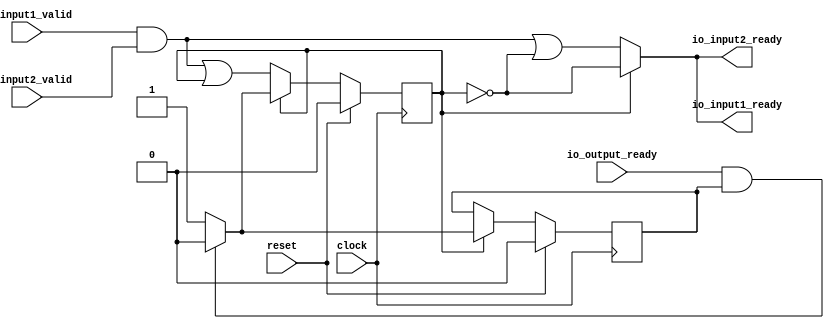
module Mod(
  input   clock,
  input   reset,
  output  io_input1_ready,
  input   io_input1_valid,
  output  io_input2_ready,
  input   io_input2_valid,
  input   io_output_ready
);
`ifdef RANDOMIZE_REG_INIT
  reg [31:0] _RAND_0;
  reg [31:0] _RAND_1;
`endif // RANDOMIZE_REG_INIT
  reg  busy; // @[Arithmetic.scala 21:30]
  reg  resultValid; // @[Arithmetic.scala 22:30]
  wire  _io_input1_ready_T = ~busy; // @[Arithmetic.scala 24:24]
  wire  _GEN_2 = io_input1_valid & io_input2_valid | ~busy; // @[Arithmetic.scala 38:51 Decoupled.scala 81:20 Arithmetic.scala 24:21]
  wire  _GEN_6 = io_input1_valid & io_input2_valid | busy; // @[Arithmetic.scala 38:51 45:18 21:30]
  assign io_input1_ready = busy ? ~busy : _GEN_2; // @[Arithmetic.scala 29:17 24:21]
  assign io_input2_ready = busy ? _io_input1_ready_T : _GEN_2; // @[Arithmetic.scala 29:17 25:21]
  always @(posedge clock) begin
    if (reset) begin // @[Arithmetic.scala 21:30]
      busy <= 1'h0; // @[Arithmetic.scala 21:30]
    end else if (busy) begin // @[Arithmetic.scala 29:17]
      if (io_output_ready & resultValid) begin // @[Arithmetic.scala 33:49]
        busy <= 1'h0; // @[Arithmetic.scala 34:18]
      end
    end else begin
      busy <= _GEN_6;
    end
    if (reset) begin // @[Arithmetic.scala 22:30]
      resultValid <= 1'h0; // @[Arithmetic.scala 22:30]
    end else if (busy) begin // @[Arithmetic.scala 29:17]
      if (io_output_ready & resultValid) begin // @[Arithmetic.scala 33:49]
        resultValid <= 1'h0; // @[Arithmetic.scala 35:25]
      end else begin
        resultValid <= 1'h1; // @[Arithmetic.scala 31:21]
      end
    end
  end
// Register and memory initialization
`ifdef RANDOMIZE_GARBAGE_ASSIGN
`define RANDOMIZE
`endif
`ifdef RANDOMIZE_INVALID_ASSIGN
`define RANDOMIZE
`endif
`ifdef RANDOMIZE_REG_INIT
`define RANDOMIZE
`endif
`ifdef RANDOMIZE_MEM_INIT
`define RANDOMIZE
`endif
`ifndef RANDOM
`define RANDOM $random
`endif
`ifdef RANDOMIZE_MEM_INIT
  integer initvar;
`endif
`ifndef SYNTHESIS
`ifdef FIRRTL_BEFORE_INITIAL
`FIRRTL_BEFORE_INITIAL
`endif
initial begin
  `ifdef RANDOMIZE
    `ifdef INIT_RANDOM
      `INIT_RANDOM
    `endif
    `ifndef VERILATOR
      `ifdef RANDOMIZE_DELAY
        #`RANDOMIZE_DELAY begin end
      `else
        #0.002 begin end
      `endif
    `endif
`ifdef RANDOMIZE_REG_INIT
  _RAND_0 = {1{`RANDOM}};
  busy = _RAND_0[0:0];
  _RAND_1 = {1{`RANDOM}};
  resultValid = _RAND_1[0:0];
`endif // RANDOMIZE_REG_INIT
  `endif // RANDOMIZE
end // initial
`ifdef FIRRTL_AFTER_INITIAL
`FIRRTL_AFTER_INITIAL
`endif
`endif // SYNTHESIS
endmodule
module Add(
  input   clock,
  input   reset,
  input   io_input1_valid,
  input   io_input2_valid,
  input   io_output_ready,
  output  io_output_valid
);
`ifdef RANDOMIZE_REG_INIT
  reg [31:0] _RAND_0;
  reg [31:0] _RAND_1;
`endif // RANDOMIZE_REG_INIT
  reg  busy; // @[Arithmetic.scala 105:30]
  reg  resultValid; // @[Arithmetic.scala 106:30]
  wire  _GEN_6 = io_input1_valid & io_input2_valid | busy; // @[Arithmetic.scala 122:51 129:18 105:30]
  assign io_output_valid = resultValid; // @[Arithmetic.scala 110:21]
  always @(posedge clock) begin
    if (reset) begin // @[Arithmetic.scala 105:30]
      busy <= 1'h0; // @[Arithmetic.scala 105:30]
    end else if (busy) begin // @[Arithmetic.scala 113:17]
      if (io_output_ready & resultValid) begin // @[Arithmetic.scala 117:49]
        busy <= 1'h0; // @[Arithmetic.scala 118:18]
      end
    end else begin
      busy <= _GEN_6;
    end
    if (reset) begin // @[Arithmetic.scala 106:30]
      resultValid <= 1'h0; // @[Arithmetic.scala 106:30]
    end else if (busy) begin // @[Arithmetic.scala 113:17]
      if (io_output_ready & resultValid) begin // @[Arithmetic.scala 117:49]
        resultValid <= 1'h0; // @[Arithmetic.scala 119:25]
      end else begin
        resultValid <= 1'h1; // @[Arithmetic.scala 115:21]
      end
    end
  end
// Register and memory initialization
`ifdef RANDOMIZE_GARBAGE_ASSIGN
`define RANDOMIZE
`endif
`ifdef RANDOMIZE_INVALID_ASSIGN
`define RANDOMIZE
`endif
`ifdef RANDOMIZE_REG_INIT
`define RANDOMIZE
`endif
`ifdef RANDOMIZE_MEM_INIT
`define RANDOMIZE
`endif
`ifndef RANDOM
`define RANDOM $random
`endif
`ifdef RANDOMIZE_MEM_INIT
  integer initvar;
`endif
`ifndef SYNTHESIS
`ifdef FIRRTL_BEFORE_INITIAL
`FIRRTL_BEFORE_INITIAL
`endif
initial begin
  `ifdef RANDOMIZE
    `ifdef INIT_RANDOM
      `INIT_RANDOM
    `endif
    `ifndef VERILATOR
      `ifdef RANDOMIZE_DELAY
        #`RANDOMIZE_DELAY begin end
      `else
        #0.002 begin end
      `endif
    `endif
`ifdef RANDOMIZE_REG_INIT
  _RAND_0 = {1{`RANDOM}};
  busy = _RAND_0[0:0];
  _RAND_1 = {1{`RANDOM}};
  resultValid = _RAND_1[0:0];
`endif // RANDOMIZE_REG_INIT
  `endif // RANDOMIZE
end // initial
`ifdef FIRRTL_AFTER_INITIAL
`FIRRTL_AFTER_INITIAL
`endif
`endif // SYNTHESIS
endmodule
module Sub(
  input   clock,
  input   reset,
  output  io_input1_ready,
  input   io_input1_valid,
  output  io_input2_ready,
  input   io_input2_valid,
  input   io_output_ready,
  output  io_output_valid
);
`ifdef RANDOMIZE_REG_INIT
  reg [31:0] _RAND_0;
  reg [31:0] _RAND_1;
`endif // RANDOMIZE_REG_INIT
  reg  busy; // @[Arithmetic.scala 147:30]
  reg  resultValid; // @[Arithmetic.scala 148:30]
  wire  _io_input1_ready_T = ~busy; // @[Arithmetic.scala 150:24]
  wire  _GEN_2 = io_input1_valid & io_input2_valid | ~busy; // @[Arithmetic.scala 164:51 Decoupled.scala 81:20 Arithmetic.scala 150:21]
  wire  _GEN_6 = io_input1_valid & io_input2_valid | busy; // @[Arithmetic.scala 164:51 171:18 147:30]
  assign io_input1_ready = busy ? ~busy : _GEN_2; // @[Arithmetic.scala 155:17 150:21]
  assign io_input2_ready = busy ? _io_input1_ready_T : _GEN_2; // @[Arithmetic.scala 155:17 151:21]
  assign io_output_valid = resultValid; // @[Arithmetic.scala 152:21]
  always @(posedge clock) begin
    if (reset) begin // @[Arithmetic.scala 147:30]
      busy <= 1'h0; // @[Arithmetic.scala 147:30]
    end else if (busy) begin // @[Arithmetic.scala 155:17]
      if (io_output_ready & resultValid) begin // @[Arithmetic.scala 159:49]
        busy <= 1'h0; // @[Arithmetic.scala 160:18]
      end
    end else begin
      busy <= _GEN_6;
    end
    if (reset) begin // @[Arithmetic.scala 148:30]
      resultValid <= 1'h0; // @[Arithmetic.scala 148:30]
    end else if (busy) begin // @[Arithmetic.scala 155:17]
      if (io_output_ready & resultValid) begin // @[Arithmetic.scala 159:49]
        resultValid <= 1'h0; // @[Arithmetic.scala 161:25]
      end else begin
        resultValid <= 1'h1; // @[Arithmetic.scala 157:21]
      end
    end
  end
// Register and memory initialization
`ifdef RANDOMIZE_GARBAGE_ASSIGN
`define RANDOMIZE
`endif
`ifdef RANDOMIZE_INVALID_ASSIGN
`define RANDOMIZE
`endif
`ifdef RANDOMIZE_REG_INIT
`define RANDOMIZE
`endif
`ifdef RANDOMIZE_MEM_INIT
`define RANDOMIZE
`endif
`ifndef RANDOM
`define RANDOM $random
`endif
`ifdef RANDOMIZE_MEM_INIT
  integer initvar;
`endif
`ifndef SYNTHESIS
`ifdef FIRRTL_BEFORE_INITIAL
`FIRRTL_BEFORE_INITIAL
`endif
initial begin
  `ifdef RANDOMIZE
    `ifdef INIT_RANDOM
      `INIT_RANDOM
    `endif
    `ifndef VERILATOR
      `ifdef RANDOMIZE_DELAY
        #`RANDOMIZE_DELAY begin end
      `else
        #0.002 begin end
      `endif
    `endif
`ifdef RANDOMIZE_REG_INIT
  _RAND_0 = {1{`RANDOM}};
  busy = _RAND_0[0:0];
  _RAND_1 = {1{`RANDOM}};
  resultValid = _RAND_1[0:0];
`endif // RANDOMIZE_REG_INIT
  `endif // RANDOMIZE
end // initial
`ifdef FIRRTL_AFTER_INITIAL
`FIRRTL_AFTER_INITIAL
`endif
`endif // SYNTHESIS
endmodule
module Mul(
  input   clock,
  input   reset,
  input   io_input1_valid,
  input   io_input2_valid,
  input   io_output_ready,
  output  io_output_valid
);
`ifdef RANDOMIZE_REG_INIT
  reg [31:0] _RAND_0;
  reg [31:0] _RAND_1;
`endif // RANDOMIZE_REG_INIT
  reg  busy; // @[Arithmetic.scala 63:30]
  reg  resultValid; // @[Arithmetic.scala 64:30]
  wire  _GEN_6 = io_input1_valid & io_input2_valid | busy; // @[Arithmetic.scala 80:51 87:18 63:30]
  assign io_output_valid = resultValid; // @[Arithmetic.scala 68:21]
  always @(posedge clock) begin
    if (reset) begin // @[Arithmetic.scala 63:30]
      busy <= 1'h0; // @[Arithmetic.scala 63:30]
    end else if (busy) begin // @[Arithmetic.scala 71:17]
      if (io_output_ready & resultValid) begin // @[Arithmetic.scala 75:49]
        busy <= 1'h0; // @[Arithmetic.scala 76:18]
      end
    end else begin
      busy <= _GEN_6;
    end
    if (reset) begin // @[Arithmetic.scala 64:30]
      resultValid <= 1'h0; // @[Arithmetic.scala 64:30]
    end else if (busy) begin // @[Arithmetic.scala 71:17]
      if (io_output_ready & resultValid) begin // @[Arithmetic.scala 75:49]
        resultValid <= 1'h0; // @[Arithmetic.scala 77:25]
      end else begin
        resultValid <= 1'h1; // @[Arithmetic.scala 73:21]
      end
    end
  end
// Register and memory initialization
`ifdef RANDOMIZE_GARBAGE_ASSIGN
`define RANDOMIZE
`endif
`ifdef RANDOMIZE_INVALID_ASSIGN
`define RANDOMIZE
`endif
`ifdef RANDOMIZE_REG_INIT
`define RANDOMIZE
`endif
`ifdef RANDOMIZE_MEM_INIT
`define RANDOMIZE
`endif
`ifndef RANDOM
`define RANDOM $random
`endif
`ifdef RANDOMIZE_MEM_INIT
  integer initvar;
`endif
`ifndef SYNTHESIS
`ifdef FIRRTL_BEFORE_INITIAL
`FIRRTL_BEFORE_INITIAL
`endif
initial begin
  `ifdef RANDOMIZE
    `ifdef INIT_RANDOM
      `INIT_RANDOM
    `endif
    `ifndef VERILATOR
      `ifdef RANDOMIZE_DELAY
        #`RANDOMIZE_DELAY begin end
      `else
        #0.002 begin end
      `endif
    `endif
`ifdef RANDOMIZE_REG_INIT
  _RAND_0 = {1{`RANDOM}};
  busy = _RAND_0[0:0];
  _RAND_1 = {1{`RANDOM}};
  resultValid = _RAND_1[0:0];
`endif // RANDOMIZE_REG_INIT
  `endif // RANDOMIZE
end // initial
`ifdef FIRRTL_AFTER_INITIAL
`FIRRTL_AFTER_INITIAL
`endif
`endif // SYNTHESIS
endmodule
module BasicArith(
  input         clock,
  input         reset,
  output        io_q_ready,
  input         io_q_valid,
  input  [31:0] io_q_bits,
  output        io_a_ready,
  input         io_a_valid,
  input  [31:0] io_a_bits,
  output        io_b_ready,
  input         io_b_valid,
  input  [31:0] io_b_bits,
  output        io_flag_ready,
  input         io_flag_valid,
  input  [1:0]  io_flag_bits,
  input         io_output_ready,
  output        io_output_valid,
  output [31:0] io_output_bits
);
  wire  mod_clock; // @[Arithmetic.scala 192:21]
  wire  mod_reset; // @[Arithmetic.scala 192:21]
  wire  mod_io_input1_ready; // @[Arithmetic.scala 192:21]
  wire  mod_io_input1_valid; // @[Arithmetic.scala 192:21]
  wire  mod_io_input2_ready; // @[Arithmetic.scala 192:21]
  wire  mod_io_input2_valid; // @[Arithmetic.scala 192:21]
  wire  mod_io_output_ready; // @[Arithmetic.scala 192:21]
  wire  add_clock; // @[Arithmetic.scala 193:21]
  wire  add_reset; // @[Arithmetic.scala 193:21]
  wire  add_io_input1_valid; // @[Arithmetic.scala 193:21]
  wire  add_io_input2_valid; // @[Arithmetic.scala 193:21]
  wire  add_io_output_ready; // @[Arithmetic.scala 193:21]
  wire  add_io_output_valid; // @[Arithmetic.scala 193:21]
  wire  sub_clock; // @[Arithmetic.scala 194:21]
  wire  sub_reset; // @[Arithmetic.scala 194:21]
  wire  sub_io_input1_ready; // @[Arithmetic.scala 194:21]
  wire  sub_io_input1_valid; // @[Arithmetic.scala 194:21]
  wire  sub_io_input2_ready; // @[Arithmetic.scala 194:21]
  wire  sub_io_input2_valid; // @[Arithmetic.scala 194:21]
  wire  sub_io_output_ready; // @[Arithmetic.scala 194:21]
  wire  sub_io_output_valid; // @[Arithmetic.scala 194:21]
  wire  mul_clock; // @[Arithmetic.scala 195:21]
  wire  mul_reset; // @[Arithmetic.scala 195:21]
  wire  mul_io_input1_valid; // @[Arithmetic.scala 195:21]
  wire  mul_io_input2_valid; // @[Arithmetic.scala 195:21]
  wire  mul_io_output_ready; // @[Arithmetic.scala 195:21]
  wire  mul_io_output_valid; // @[Arithmetic.scala 195:21]
  wire  _GEN_1 = io_flag_bits == 2'h1 ? add_io_output_valid : sub_io_output_valid; // @[Arithmetic.scala 229:27 231:30 234:30]
  Mod mod ( // @[Arithmetic.scala 192:21]
    .clock(mod_clock),
    .reset(mod_reset),
    .io_input1_ready(mod_io_input1_ready),
    .io_input1_valid(mod_io_input1_valid),
    .io_input2_ready(mod_io_input2_ready),
    .io_input2_valid(mod_io_input2_valid),
    .io_output_ready(mod_io_output_ready)
  );
  Add add ( // @[Arithmetic.scala 193:21]
    .clock(add_clock),
    .reset(add_reset),
    .io_input1_valid(add_io_input1_valid),
    .io_input2_valid(add_io_input2_valid),
    .io_output_ready(add_io_output_ready),
    .io_output_valid(add_io_output_valid)
  );
  Sub sub ( // @[Arithmetic.scala 194:21]
    .clock(sub_clock),
    .reset(sub_reset),
    .io_input1_ready(sub_io_input1_ready),
    .io_input1_valid(sub_io_input1_valid),
    .io_input2_ready(sub_io_input2_ready),
    .io_input2_valid(sub_io_input2_valid),
    .io_output_ready(sub_io_output_ready),
    .io_output_valid(sub_io_output_valid)
  );
  Mul mul ( // @[Arithmetic.scala 195:21]
    .clock(mul_clock),
    .reset(mul_reset),
    .io_input1_valid(mul_io_input1_valid),
    .io_input2_valid(mul_io_input2_valid),
    .io_output_ready(mul_io_output_ready),
    .io_output_valid(mul_io_output_valid)
  );
  assign io_q_ready = mod_io_input2_ready; // @[Arithmetic.scala 209:19]
  assign io_a_ready = sub_io_input1_ready; // @[Arithmetic.scala 206:19]
  assign io_b_ready = sub_io_input2_ready; // @[Arithmetic.scala 207:19]
  assign io_flag_ready = 1'h1; // @[Arithmetic.scala 214:19]
  assign io_output_valid = 1'h0; // @[Arithmetic.scala 215:21]
  assign io_output_bits = 32'h0;
  assign mod_clock = clock;
  assign mod_reset = reset;
  assign mod_io_input1_valid = io_flag_bits == 2'h0 ? mul_io_output_valid : _GEN_1; // @[Arithmetic.scala 226:21 228:30]
  assign mod_io_input2_valid = io_q_valid; // @[Arithmetic.scala 209:19]
  assign mod_io_output_ready = io_output_ready; // @[Arithmetic.scala 210:15]
  assign add_clock = clock;
  assign add_reset = reset;
  assign add_io_input1_valid = io_a_valid; // @[Arithmetic.scala 203:19]
  assign add_io_input2_valid = io_b_valid; // @[Arithmetic.scala 204:19]
  assign add_io_output_ready = mod_io_input1_ready; // @[Arithmetic.scala 197:26 198:19]
  assign sub_clock = clock;
  assign sub_reset = reset;
  assign sub_io_input1_valid = io_a_valid; // @[Arithmetic.scala 206:19]
  assign sub_io_input2_valid = io_b_valid; // @[Arithmetic.scala 207:19]
  assign sub_io_output_ready = mod_io_input1_ready; // @[Arithmetic.scala 197:26 198:19]
  assign mul_clock = clock;
  assign mul_reset = reset;
  assign mul_io_input1_valid = io_a_valid; // @[Arithmetic.scala 200:19]
  assign mul_io_input2_valid = io_b_valid; // @[Arithmetic.scala 201:19]
  assign mul_io_output_ready = mod_io_input1_ready; // @[Arithmetic.scala 197:26 198:19]
endmodule